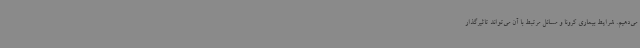
می‌دهیم. شرایط بیماری کرونا و مسائل مرتبط با آن می‌تواند تاثیرگذار